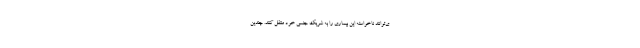
ی‌توانند ناخواسته این بیماری را به شریک جنسی خود منتقل کنند. چندین